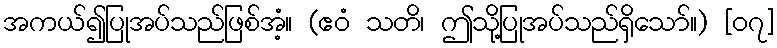
အကယ်၍ပြုအပ်သည်ဖြစ်အံ့။ (ဧဝံ သတိ၊ ဤသို့ပြုအပ်သည်ရှိသော်။) [၀၇]